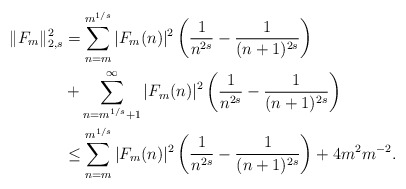
\begin{align*}\|F_m\|^2_{2,s} &= \sum_{n = m}^{m^{1/s}} |F_m(n)|^2 \left(\frac{1}{n^{2s}}-\frac{1}{(n+1)^{2s}}\right) \\ &+ \sum_{n = m^{1/s}+1}^{\infty} |F_m(n)|^2 \left(\frac{1}{n^{2s}}-\frac{1}{(n+1)^{2s}}\right) \\& \leq \sum_{n = m}^{m^{1/s}} |F_m(n)|^2 \left(\frac{1}{n^{2s}}-\frac{1}{(n+1)^{2s}}\right) + 4 m^2 m^{-2}.\end{align*}